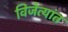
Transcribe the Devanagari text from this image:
विजेत्यांत